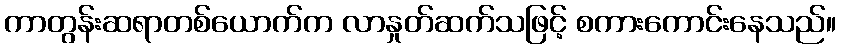
ကာတွန်းဆရာတစ်ယောက်က လာနှုတ်ဆက်သဖြင့် စကားကောင်းနေသည်။